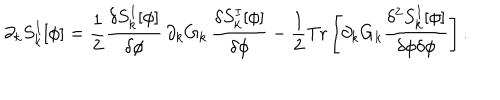
\partial _ { k } S _ { k } ^ { I } [ \phi ] = { \frac { 1 } { 2 } } { \frac { \delta S _ { k } ^ { I } [ \phi ] } { \delta \phi } } \, \partial _ { k } G _ { k } \, { \frac { \delta S _ { k } ^ { I } [ \phi ] } { \delta \phi } } - { \frac { 1 } { 2 } } { \mathrm { T r } } \left[ \partial _ { k } G _ { k } { \frac { \delta ^ { 2 } S _ { k } ^ { I } [ \phi ] } { \delta \phi \delta \phi } } \right] .